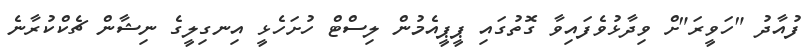
ފުއާދު "ހަވީރަ"ށް ވިދާޅުވެފައިވާ ގޮތުގައި ޕީޕީއެމުން ލިސްޓް ހުށަހެޅީ އިނގިލީގެ ނިޝާން ޗެކްކުރާނެ